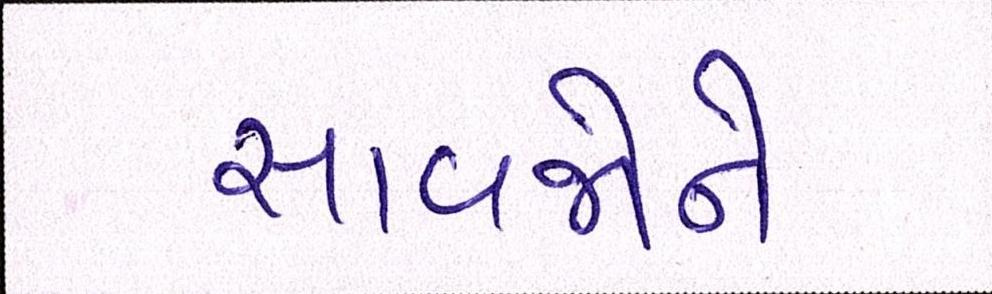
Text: સાવજોને